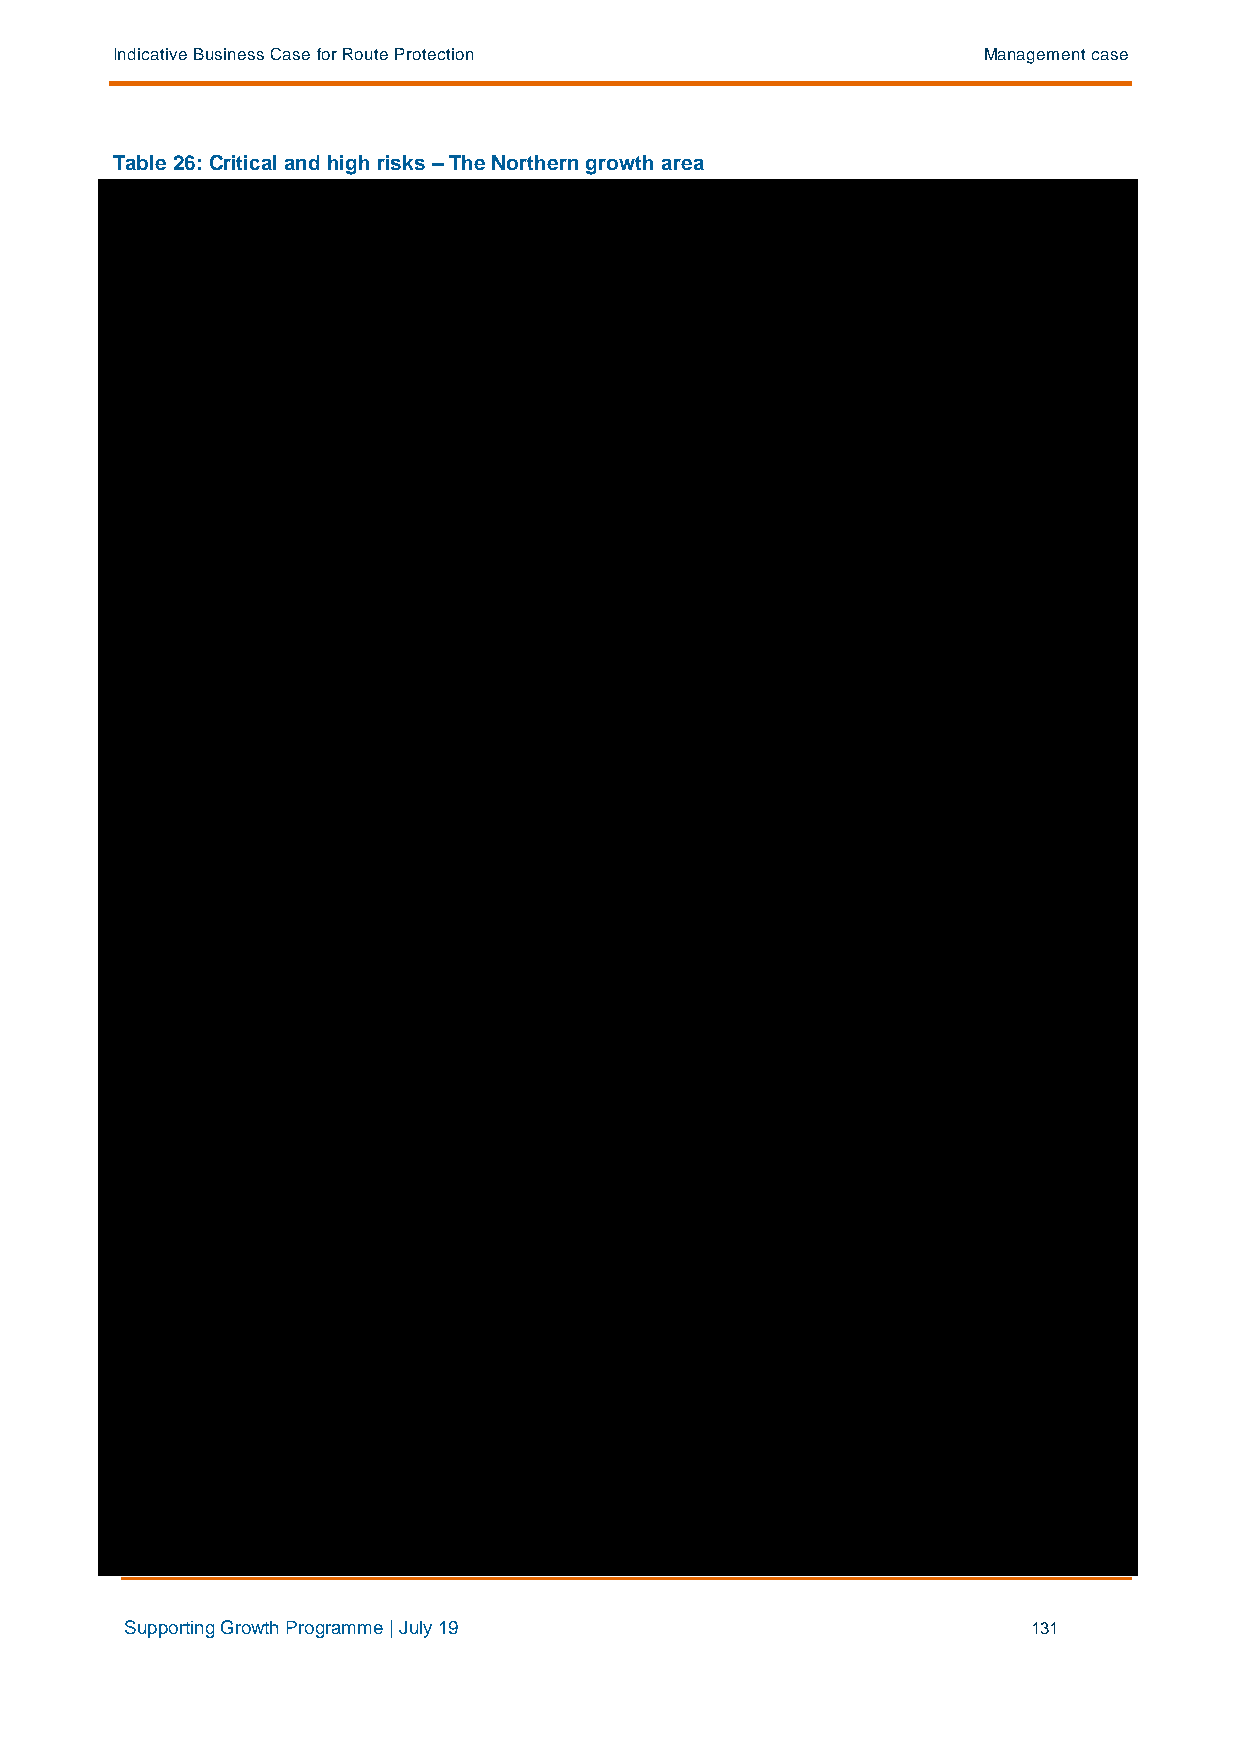
Indicative Business Case for Route Protection             Management case
 Table 26: Critical and high risks – The Northern growth area
 Supporting Growth Programme | July 19                       131